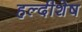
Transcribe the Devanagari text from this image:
हल्दीशेष